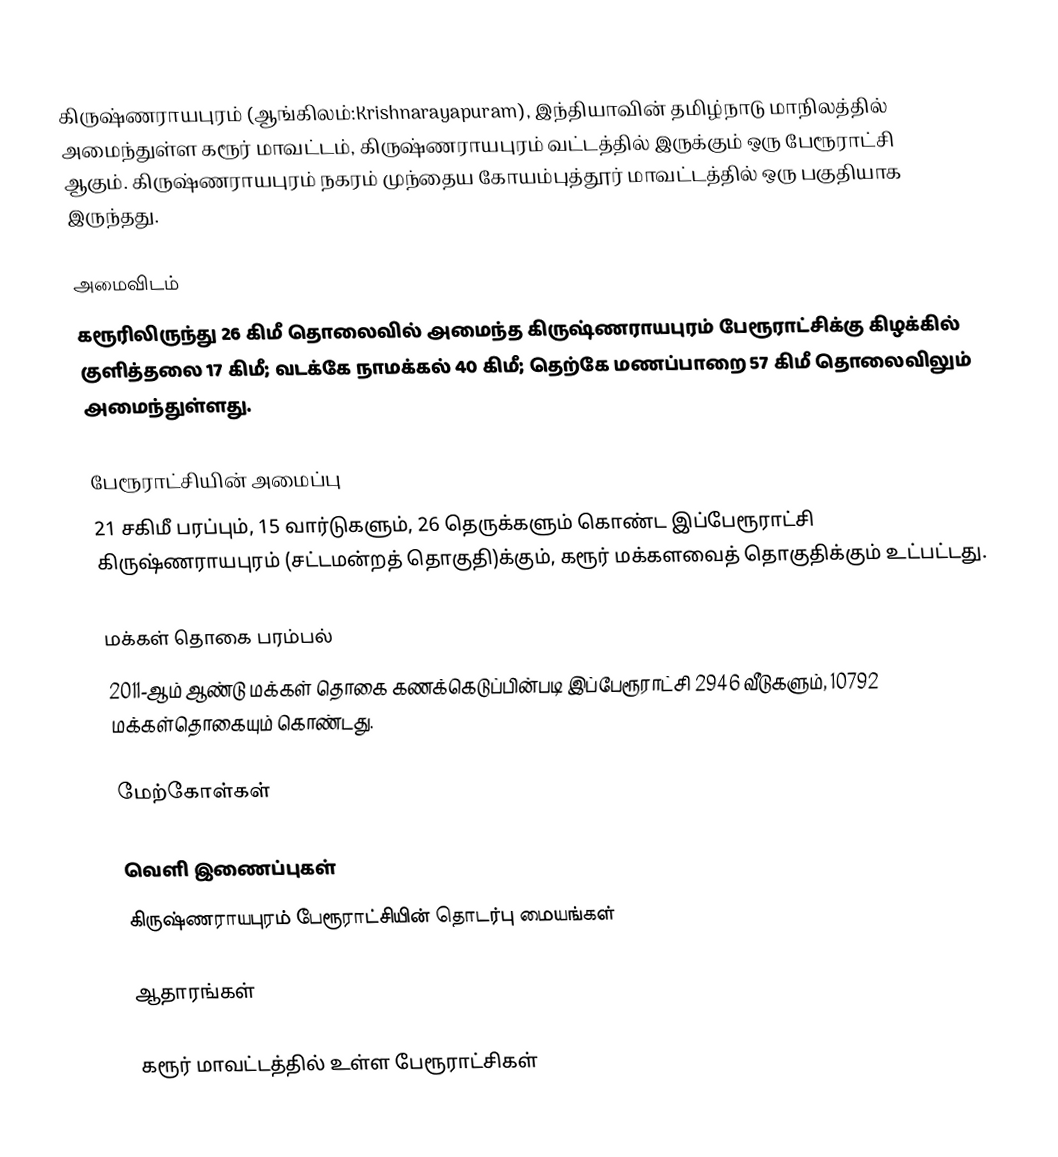
கிருஷ்ணராயபுரம் (ஆங்கிலம்:Krishnarayapuram), இந்தியாவின் தமிழ்நாடு மாநிலத்தில் அமைந்துள்ள கரூர் மாவட்டம், கிருஷ்ணராயபுரம் வட்டத்தில் இருக்கும் ஒரு பேரூராட்சி ஆகும். கிருஷ்ணராயபுரம் நகரம் முந்தைய கோயம்புத்தூர் மாவட்டத்தில் ஒரு பகுதியாக இருந்தது.

அமைவிடம்
கரூரிலிருந்து 26 கிமீ தொலைவில் அமைந்த கிருஷ்ணராயபுரம் பேரூராட்சிக்கு கிழக்கில் குளித்தலை 17 கிமீ; வடக்கே நாமக்கல் 40 கிமீ; தெற்கே மணப்பாறை 57 கிமீ தொலைவிலும் அமைந்துள்ளது.

பேரூராட்சியின் அமைப்பு
21 சகிமீ பரப்பும், 15   வார்டுகளும்,   26  தெருக்களும் கொண்ட இப்பேரூராட்சி  கிருஷ்ணராயபுரம் (சட்டமன்றத் தொகுதி)க்கும், கரூர் மக்களவைத் தொகுதிக்கும் உட்பட்டது.

மக்கள் தொகை பரம்பல்
2011-ஆம் ஆண்டு மக்கள் தொகை கணக்கெடுப்பின்படி  இப்பேரூராட்சி   2946  வீடுகளும், 10792  மக்கள்தொகையும் கொண்டது.

மேற்கோள்கள்

வெளி இணைப்புகள்
 கிருஷ்ணராயபுரம் பேரூராட்சியின் தொடர்பு மையங்கள்

ஆதாரங்கள்

கரூர் மாவட்டத்தில் உள்ள பேரூராட்சிகள்